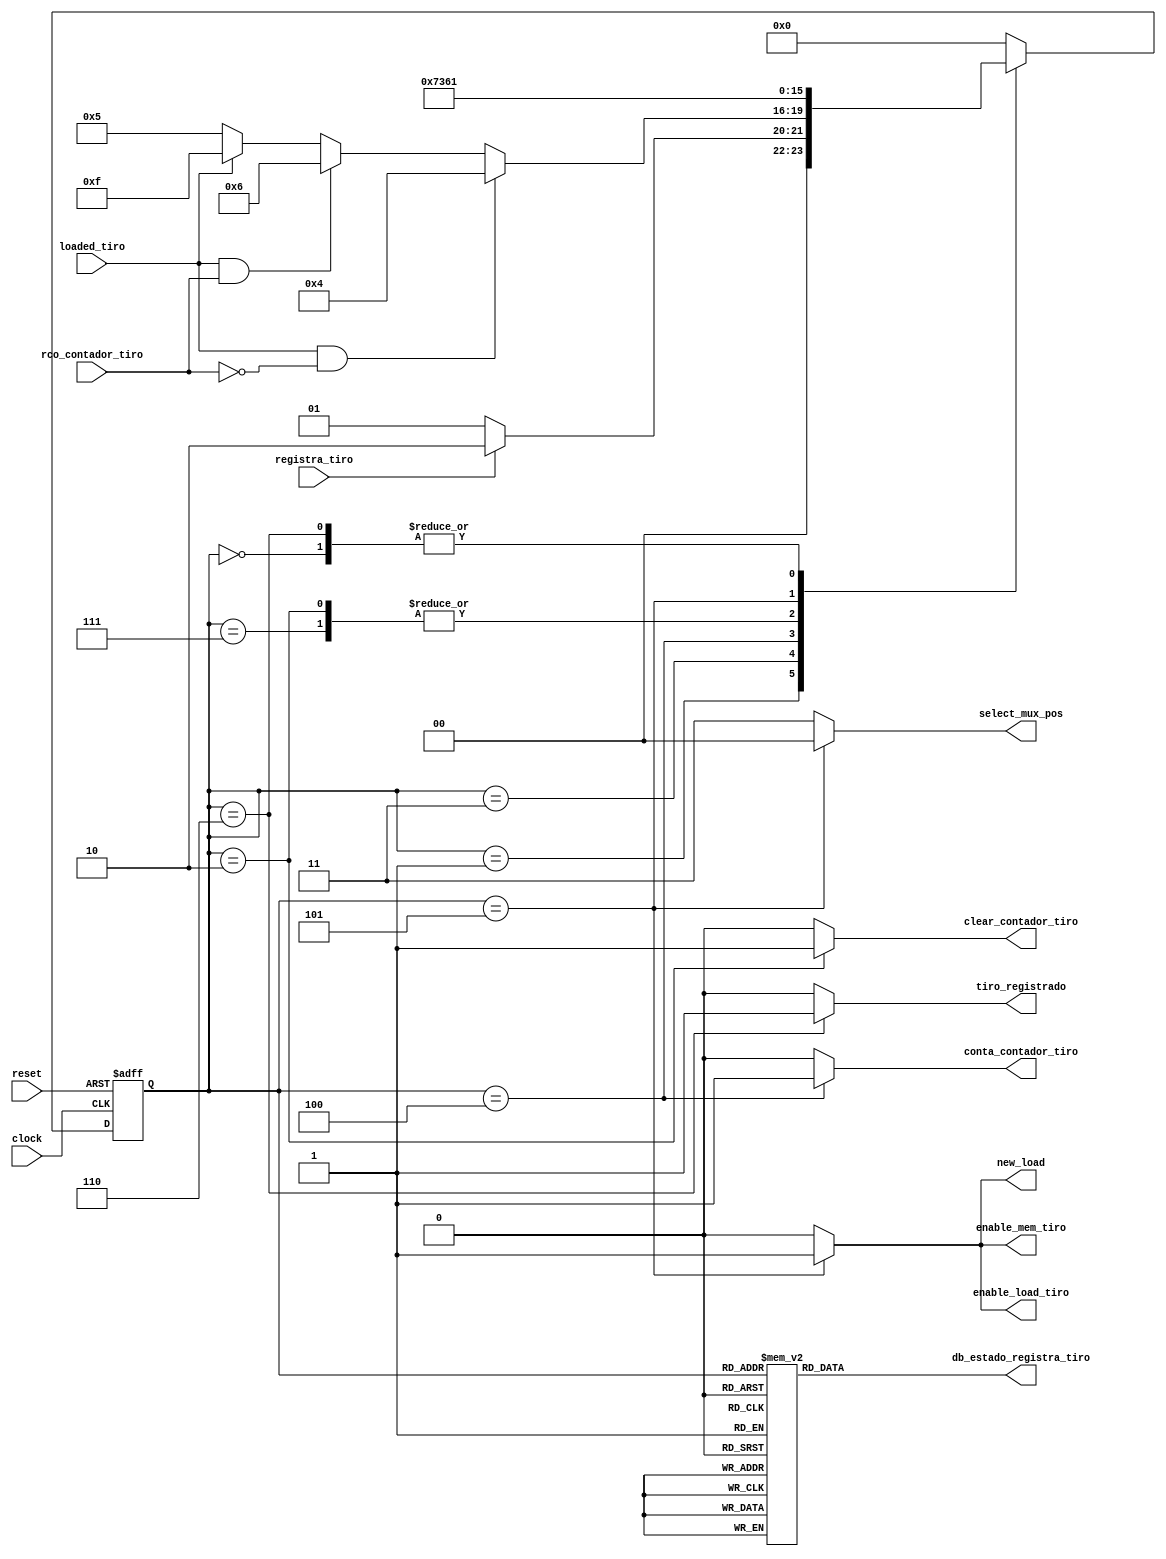

module uc_registra_tiro (
        input clock                    ,
        input registra_tiro            , // entrada que inicia a mquina de estados
        input reset                    ,
        input loaded_tiro              ,
        input rco_contador_tiro        ,
        output reg enable_mem_tiro      , // enable da memoria de tiros
        output reg enable_load_tiro       , // enable da memoria de tiros
        output reg new_load             ,
        //contador
        output reg clear_contador_tiro  , // clear do contador que aponta para a posio do tiro na memoria
        output reg conta_contador_tiro  , // conta do contador que aponta para a posio do tiro na memoria
        output reg [1:0] select_mux_pos , // mux que seleciona a posio que ser salva na memoria (salva a posio da nave e o opcode)
        output reg tiro_registrado      , // saida final que indica o fim da operao registra tiro
        output reg [3:0] db_estado_registra_tiro

);

        /* declarao dos estados dessa UC */
        parameter inicial                  = 4'b0000; // 0
        parameter espera                   = 4'b0001; // 1
        parameter zera_contador            = 4'b0010; // 2
        parameter verifica                 = 4'b0011; // 3
        parameter incrementa_contador_tiro = 4'b0100; // 4
        parameter salva_tiro               = 4'b0101; // 5
        parameter sinaliza                 = 4'b0110; // 6
        parameter aux                      = 4'b0111; // 7
        parameter erro                     = 4'b1111; // F


        // Variveis de estado
        reg [3:0] estado_atual, proximo_estado;


        // Memria de estado
        always @(posedge clock or posedge reset) begin
                if (reset)
                        estado_atual <= inicial;
                else
                        estado_atual <= proximo_estado;
        end

        // mudana de estados
        always @* begin
        case (estado_atual)
                inicial:                  proximo_estado = espera;
                espera:                   proximo_estado = registra_tiro ? zera_contador : espera;
                zera_contador:            proximo_estado = verifica;
                verifica:                 proximo_estado = (loaded_tiro && ~rco_contador_tiro) ? incrementa_contador_tiro : 
                                                           (loaded_tiro && rco_contador_tiro)  ? sinaliza   :
                                                           (~loaded_tiro)                      ? salva_tiro :  erro;
                incrementa_contador_tiro: proximo_estado = aux;
                aux:                      proximo_estado = verifica;
                salva_tiro:               proximo_estado = sinaliza;
                sinaliza:                 proximo_estado = espera;
                default:                  proximo_estado = inicial;
        endcase
    end

    // Lgica de sada (maquina Moore)
    always @* begin
        clear_contador_tiro = (estado_atual == zera_contador) ? 1'b1 : 1'b0;
        new_load            = (estado_atual == salva_tiro)    ? 1'b1 : 1'b0;
        enable_mem_tiro     = (estado_atual == salva_tiro)    ? 1'b1 : 1'b0;
        enable_load_tiro    = (estado_atual == salva_tiro)    ? 1'b1 : 1'b0;
        tiro_registrado     = (estado_atual == sinaliza)      ? 1'b1 : 1'b0;
        select_mux_pos      = (estado_atual == salva_tiro)    ? 2'b00 : 2'b11;   
        conta_contador_tiro = (estado_atual == incrementa_contador_tiro) ? 1'b1 : 1'b0;

        // Sada de depurao (estado)
        case (estado_atual)
            inicial:                  db_estado_registra_tiro = 4'b0000; // 0
            espera:                   db_estado_registra_tiro = 4'b0001; // 1
            zera_contador:            db_estado_registra_tiro = 4'b0010; // 2
            verifica:                 db_estado_registra_tiro = 4'b0011; // 3
            incrementa_contador_tiro: db_estado_registra_tiro = 4'b0100; // 4
            salva_tiro:               db_estado_registra_tiro = 4'b0101; // 5
            sinaliza:                 db_estado_registra_tiro = 4'b0110; // 6                    
            aux:                      db_estado_registra_tiro = 4'b0111; // 7
            erro:                     db_estado_registra_tiro = 4'b1111; // F
            default:                  db_estado_registra_tiro = 4'b1101; // D
        endcase
    end








endmodule